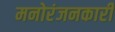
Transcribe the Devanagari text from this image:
मनोरंजनकारी